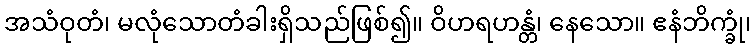
အသံဝုတံ၊ မလုံသောတံခါးရှိသည်ဖြစ်၍။ ဝိဟရဟန္တံ၊ နေသော။ ဧနံဘိက္ခုံ၊